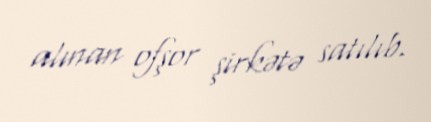
alınan ofşor şirkətə satılıb.